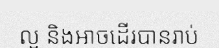
ល្អ និងអាចដើរបានរាប់